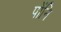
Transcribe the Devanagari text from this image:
पोंनि